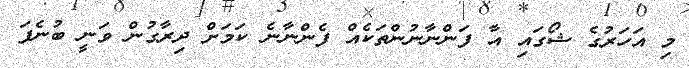
މި އަހަރުގެ ޝޯގައި އާ ފަންނާނުންތަކެއް ފެންނާނެ ކަމަށް ދިރާގުން ވަނީ ބުނެފަ